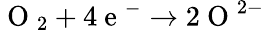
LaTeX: \mathrm{~O~}_{2}+4\mathrm{~e~}^{-}\rightarrow 2\mathrm{~O~}^{2-}